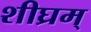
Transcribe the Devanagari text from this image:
शीघ्रम्